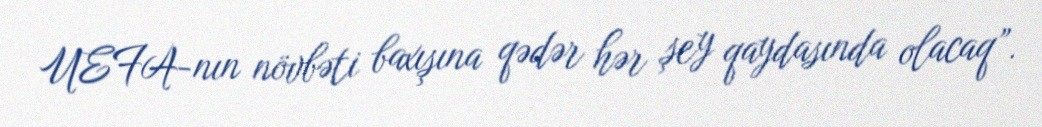
UEFA-nın növbəti baxışına qədər hər şey qaydasında olacaq”.